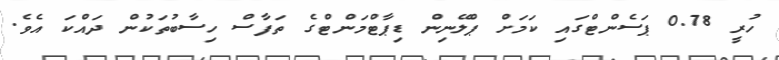
ހުރީ 0.78 ޕަސެންޓްގައި ކަމަށް ޕްލޭނިން ޑިޕާޓްމަންޓްގެ ތަފާސް ހިސާބުތަކުން ދައްކަ އެވެ.